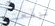
توقعته